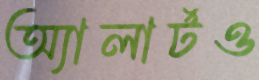
অ্যালার্টও